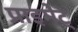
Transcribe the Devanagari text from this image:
प्राइमेट्